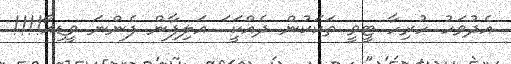
އެދުވަހު ހުރިހާ ޓީވީ ތަކަކުން ދެއްކަަީ ަަ އަލިފާން ފެންނަ ވީޑިއޯ!!!!